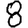
Digit: 8